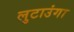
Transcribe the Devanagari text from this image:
लुटाउंगा